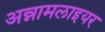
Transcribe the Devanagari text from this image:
अन्नामलाइयर